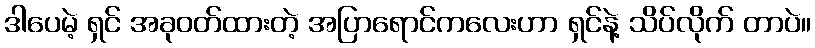
ဒါပေမဲ့ ရှင် အခုဝတ်ထားတဲ့ အပြာရောင်ကလေးဟာ ရှင်နဲ့ သိပ်လိုက် တာပဲ။